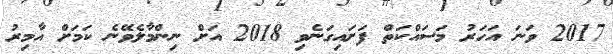
2017 ވަނަ އަހަރު މަސައްކަތް ފަށައިގަނެވި 2018 އަށް ނިންމާލެވޭނެ ކަމަށް އާމިރު